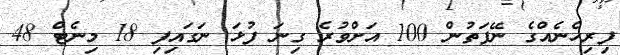
ފިރިހެނެއްގެ ނޭފަތުން 100 އަށްވުރެ ގިނަ ފުޅަ ނަގައިފި 18 މިނެޓް 48